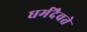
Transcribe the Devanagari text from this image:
धर्मदैवते